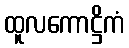
ထူလကောဋ္ဌိကံ